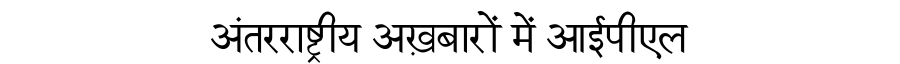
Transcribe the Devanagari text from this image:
अंतरराष्ट्रीय अख़बारों में आईपीएल